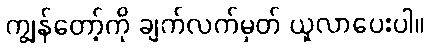
ကျွန်တော့်ကို ချက်လက်မှတ် ယူလာပေးပါ။